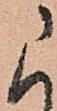
に